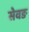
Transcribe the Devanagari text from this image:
सेवङ